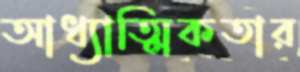
আধ্যাত্মিকতার